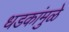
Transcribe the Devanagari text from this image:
धडकांमुळे